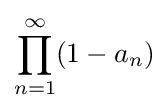
\prod _{n=1}^{\infty }(1-a_{n})